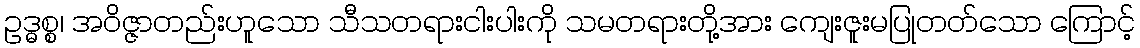
ဥဒ္ဓစ္စ၊ အဝိဇ္ဇာတည်းဟူသော သီသတရားငါးပါးကို သမတရားတို့အား ကျေးဇူးမပြုတတ်သော ကြောင့်